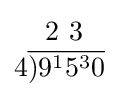
{\begin{matrix}\,\,2\ 3\\4{\overline {)9^{1}5^{3}0}}\\\end{matrix}}